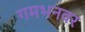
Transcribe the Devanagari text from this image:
गमभनवर